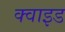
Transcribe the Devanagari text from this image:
क्वाइड